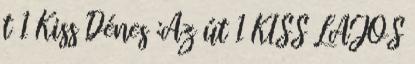
t 1 Kiss Dénes :Az út 1 KISS LAJOS